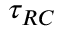
\tau _ { R C }